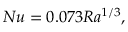
N u = 0 . 0 7 3 R a ^ { 1 / 3 } ,